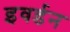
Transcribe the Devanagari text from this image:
इवर्डन